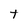
Character: T